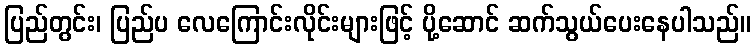
ပြည်တွင်း၊ ပြည်ပ လေကြောင်းလိုင်းများဖြင့် ပို့ဆောင် ဆက်သွယ်ပေးနေပါသည်။